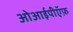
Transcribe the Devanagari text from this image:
ओआईपीऍफ़